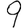
Digit: 9